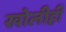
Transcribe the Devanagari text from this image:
खोलीही